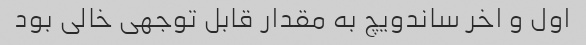
اول و اخر ساندویچ به مقدار قابل توجهی خالی بود